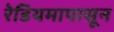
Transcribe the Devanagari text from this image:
रेडियमापासून